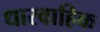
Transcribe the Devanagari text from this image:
धारवाहिक